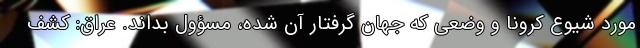
مورد شیوع کرونا و وضعی که جهان گرفتار آن شده، مسؤول بداند. عراق: کشف